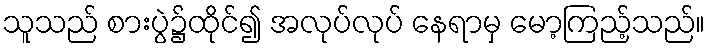
သူသည် စားပွဲ၌ထိုင်၍ အလုပ်လုပ် နေရာမှ မော့ကြည့်သည်။